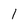
Character: 1